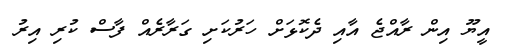
އީޔޫ އިން ރާއްޖެ އާއި ދެކޮޅަށް ހަރުކަށި ގަރާރެއް ފާސް ކުރި އިރު